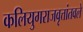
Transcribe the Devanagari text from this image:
कलियुगराजवृत्तांतवले